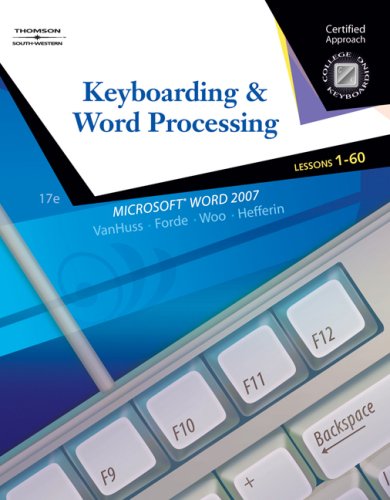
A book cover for Keyboarding & Word Processing, Lessons 1-60 (College Keyboarding); Susie H. VanHuss; Business & Money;